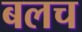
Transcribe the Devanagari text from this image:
बलच